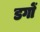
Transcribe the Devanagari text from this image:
डगों